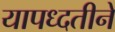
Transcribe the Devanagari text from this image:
यापध्दतीने